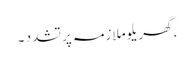
، گھریلو ملازمہ پر تشدد ۔